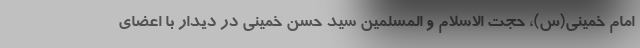
امام خمینی(س)، حجت الاسلام و المسلمین سید حسن خمینی در دیدار با اعضای